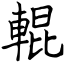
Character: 輥